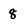
Character: 8